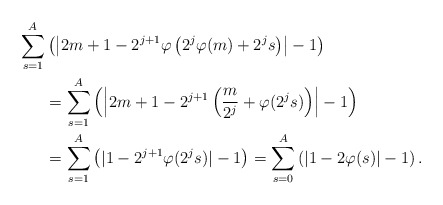
\begin{align*}\sum_{s=1}^{A}&\left(\left|2m+1-2^{j+1}\varphi\left(2^j\varphi(m)+2^js\right)\right|-1\right) \\ &=\sum_{s=1}^{A}\left(\left|2m+1-2^{j+1}\left(\frac{m}{2^j}+\varphi(2^js)\right)\right|-1\right) \\ &=\sum_{s=1}^{A}\left(|1-2^{j+1}\varphi(2^js)|-1\right)=\sum_{s=0}^{A}\left(|1-2\varphi(s)|-1\right). \end{align*}